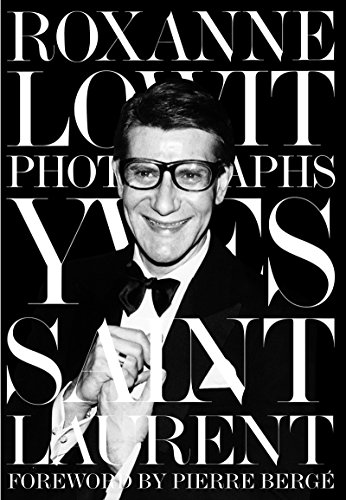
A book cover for Yves Saint Laurent; Roxanne Lowit; Humor & Entertainment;